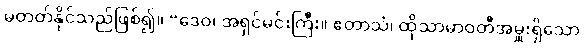
မတတ်နိုင်သည်ဖြစ်၍။ “ဒေဝ၊ အရှင်မင်းကြီး။ ဧတာသံ၊ ထိုသာမာဝတီအမှူးရှိသော